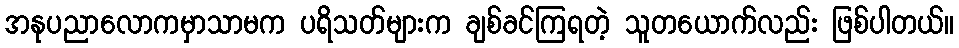
အနုပညာလောကမှာသာမက ပရိသတ်များက ချစ်ခင်ကြရတဲ့ သူတယောက်လည်း ဖြစ်ပါတယ်။